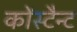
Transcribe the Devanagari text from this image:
कोंस्टैन्ट